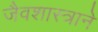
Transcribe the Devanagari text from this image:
जैवशास्त्राने